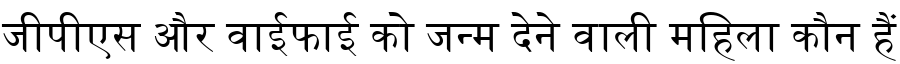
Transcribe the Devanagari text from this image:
जीपीएस और वाईफाई को जन्म देने वाली महिला कौन हैं